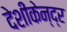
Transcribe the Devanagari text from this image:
देशीकेन्द्र